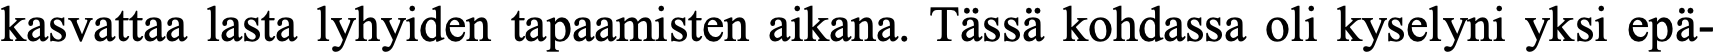
kasvattaa lasta lyhyiden tapaamisten aikana. Tässä kohdassa oli kyselyni yksi epä-